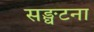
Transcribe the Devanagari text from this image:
सङ्घटना